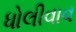
ધોલીવાવ